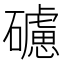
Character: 𥖼